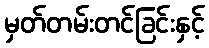
မှတ်တမ်းတင်ခြင်းနှင့်